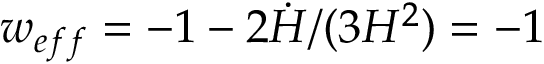
w _ { e f f } = - 1 - 2 \dot { H } / ( 3 H ^ { 2 } ) = - 1